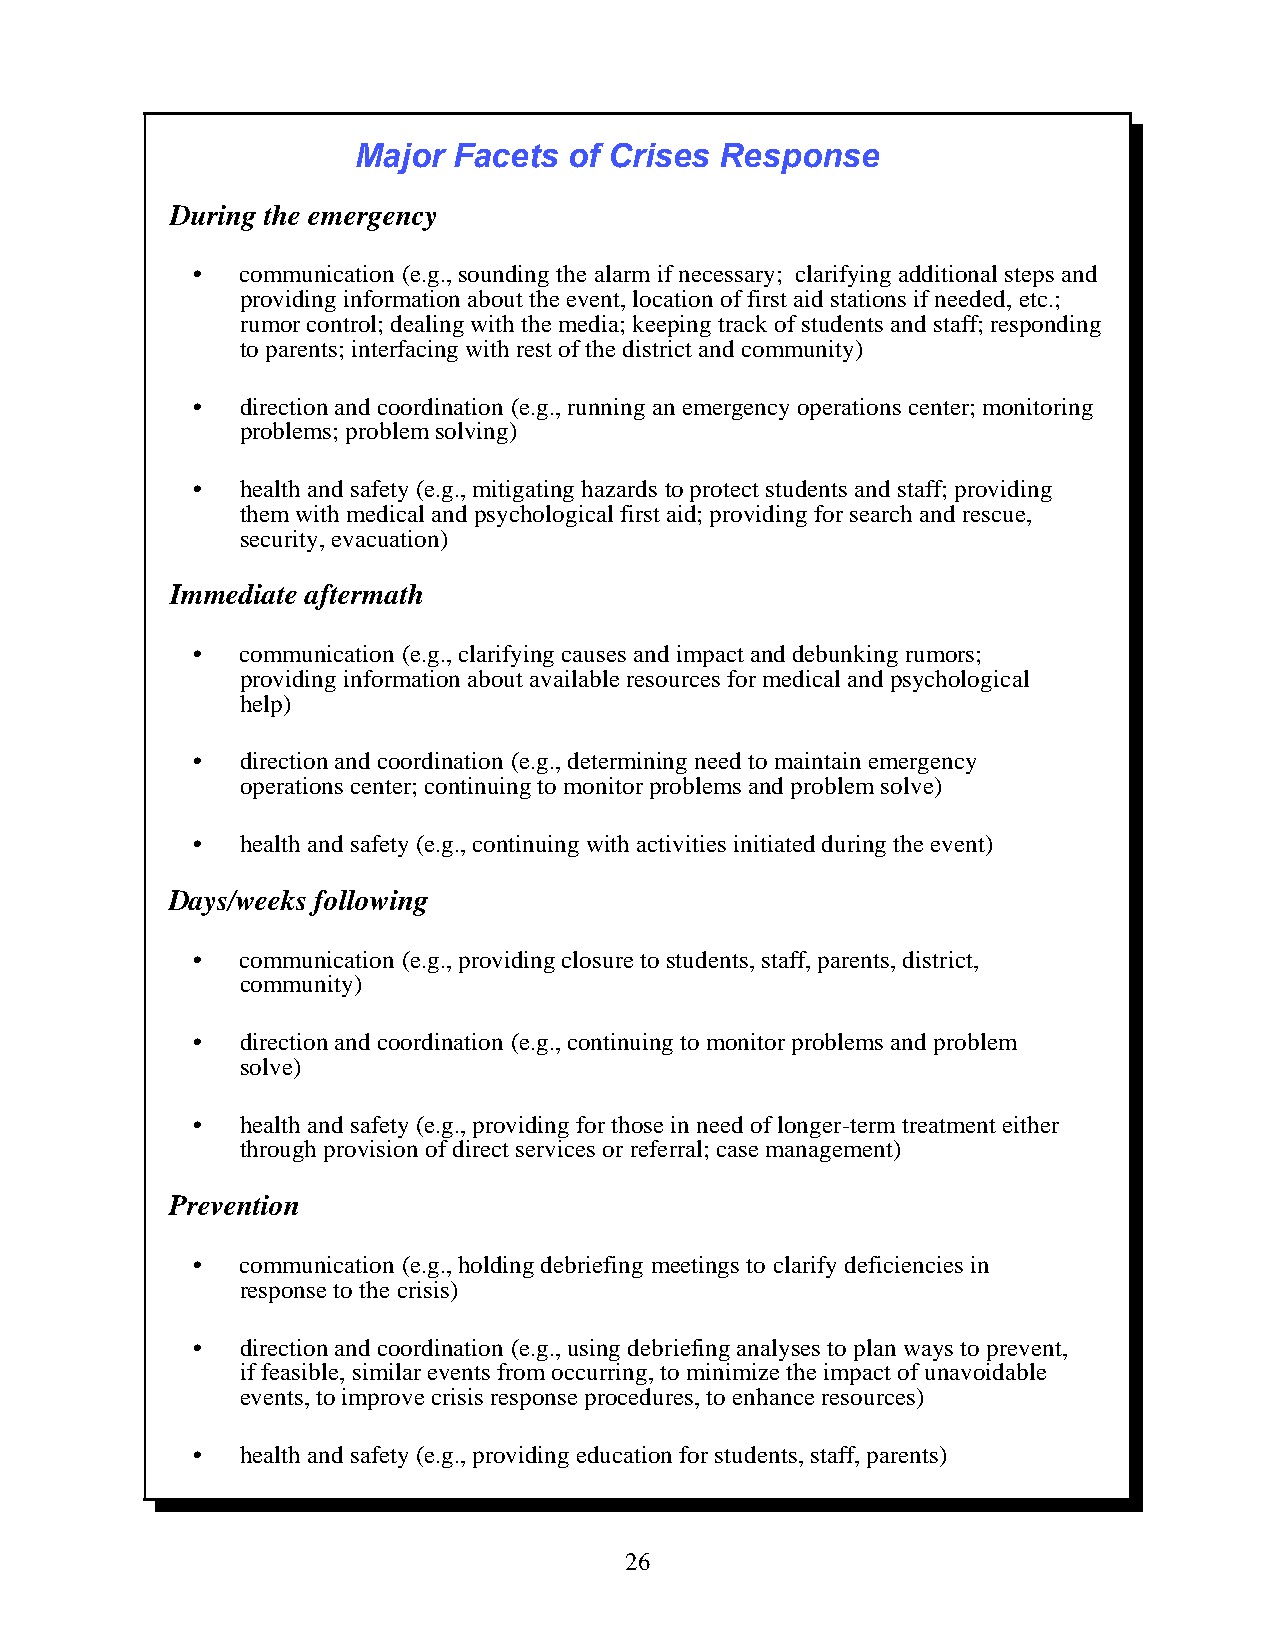
Major Facets  of Crises Response
 During the emergency
 •  communication (e.g., sounding the alarm if necessary; clarifying additional steps and
 providing information about the event, location of first aid stations if needed, etc.;
 rumor control; dealing with the media; keeping track of students and staff; responding
 to parents; interfacing with rest of the district and community)
 •  direction and coordination (e.g., running an emergency operations center; monitoring
 problems; problem solving)
 •  health and safety (e.g., mitigating hazards to protect students and staff; providing
 them with medical and psychological first aid; providing for search and rescue,
 security, evacuation)
 Immediate aftermath
 •  communication (e.g., clarifying causes and impact and debunking rumors;
 providing information about available resources for medical and psychological
 help)
 •  direction and coordination (e.g., determining need to maintain emergency
 operations center; continuing to monitor problems and problem solve)
 •  health and safety (e.g., continuing with activities initiated during the event)
 Days/weeks following
 •  communication (e.g., providing closure to students, staff, parents, district,
 community)
 •  direction and coordination (e.g., continuing to monitor problems and problem
 solve)
 •  health and safety (e.g., providing for those in need of longer-term treatment either
 through provision of direct services or referral; case management)
 Prevention
 •  communication (e.g., holding debriefing meetings to clarify deficiencies in
 response to the crisis)
 •  direction and coordination (e.g., using debriefing analyses to plan ways to prevent,
 if feasible, similar events from occurring, to minimize the impact of unavoidable
 events, to improve crisis response procedures, to enhance resources)
 •  health and safety (e.g., providing education for students, staff, parents)
 26